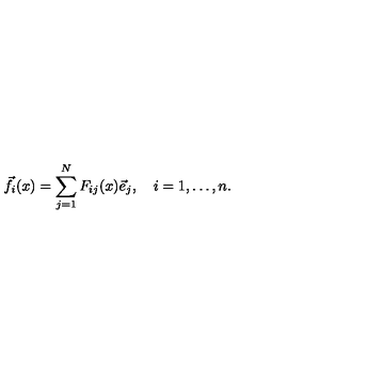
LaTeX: { \vec { f } } _ { i } ( x ) = \sum _ { j = 1 } ^ { N } F _ { i j } ( x ) { \vec { e } } _ { j } , \quad i = 1 , \ldots , n .